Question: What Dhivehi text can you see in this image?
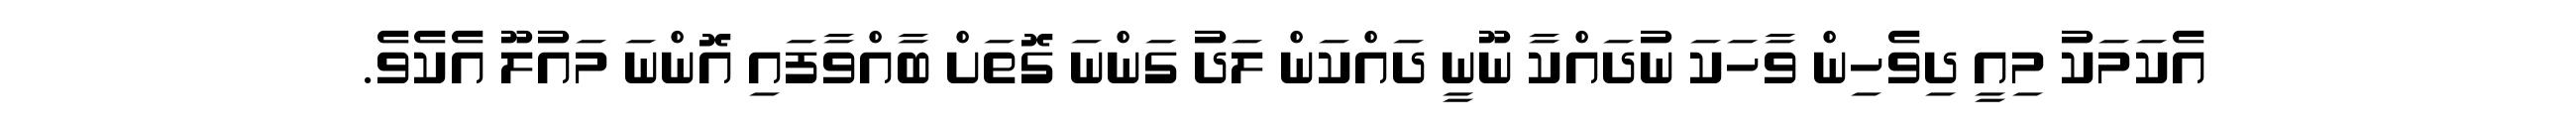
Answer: އެކަމަކު މިއީ ދިވެހިން ވާހަކަ ނުދައްކާ ނޫނީ ދައްކަން ލަދު ގަންނަ ގޮތަށް ބާއްވާފައި އޮންނަ މައުލޫ އެކެވެ.